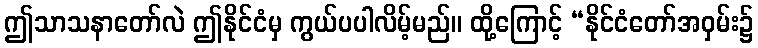
ဤသာသနာတော်လဲ ဤနိုင်ငံမှ ကွယ်ပပါလိမ့်မည်။ ထို့ကြောင့် “နိုင်ငံတော်အဝှမ်း၌